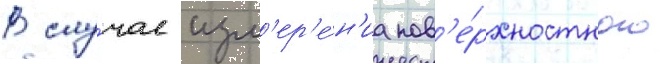
В слу́чае изм'ер'е́н'иа пов'е́рхностного